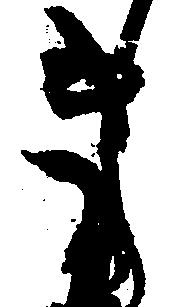
き